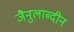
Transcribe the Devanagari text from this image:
जैनुलाब्दीन